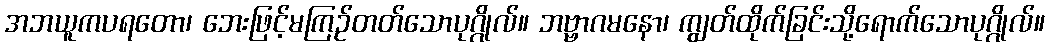
အဘယူကပရတော၊ ဘေးဖြင့်မကြဉ်တတ်သောပုဂ္ဂိုလ်။ ဘဗ္ဗာဂမနော၊ ကျွတ်ထိုက်ခြင်းသို့ရောက်သောပုဂ္ဂိုလ်။